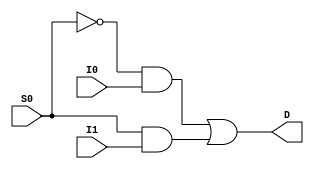
module my_mux2X1(
	input I0,
	input I1,
	input S0,
	output D

);

//D= S0'I0 + S0I1
wire not1;
wire and1;
wire and2;

not m0(not1, S0);
and m1(and1, not1, I0);
and m2(and2, S0, I1);
or m3(D, and1, and2);

endmodule